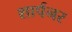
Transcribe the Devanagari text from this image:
शार्पनर